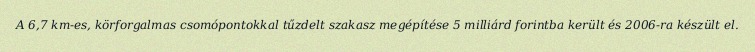
A 6,7 km-es, körforgalmas csomópontokkal tűzdelt szakasz megépítése 5 milliárd forintba került és 2006-ra készült el.